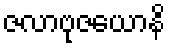
ဇလာဗုဇယောနိ